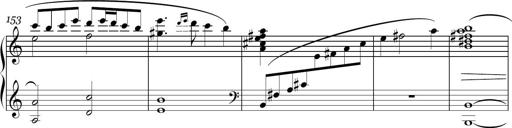
Title: Sonatina in E minor
Composer: Shuwen Zhang
Key: E minor